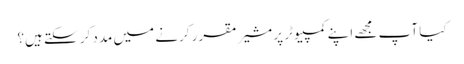
کیا آپ مجھے اپنے کمپیوٹر پر مشیر مقرر کرنے میں مدد کر سکتے ہیں؟